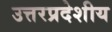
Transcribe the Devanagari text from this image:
उत्तरप्रदेशीय